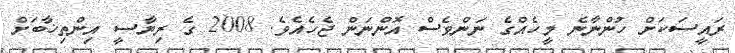
ރައީސަކަށް ހުންނާނެ މީހެއްގެ ނަންވެސް އޮންނަން ޖެހެއެވެ. 2008 ގެ ރިޔާސީ އިންތިޚާބަށް